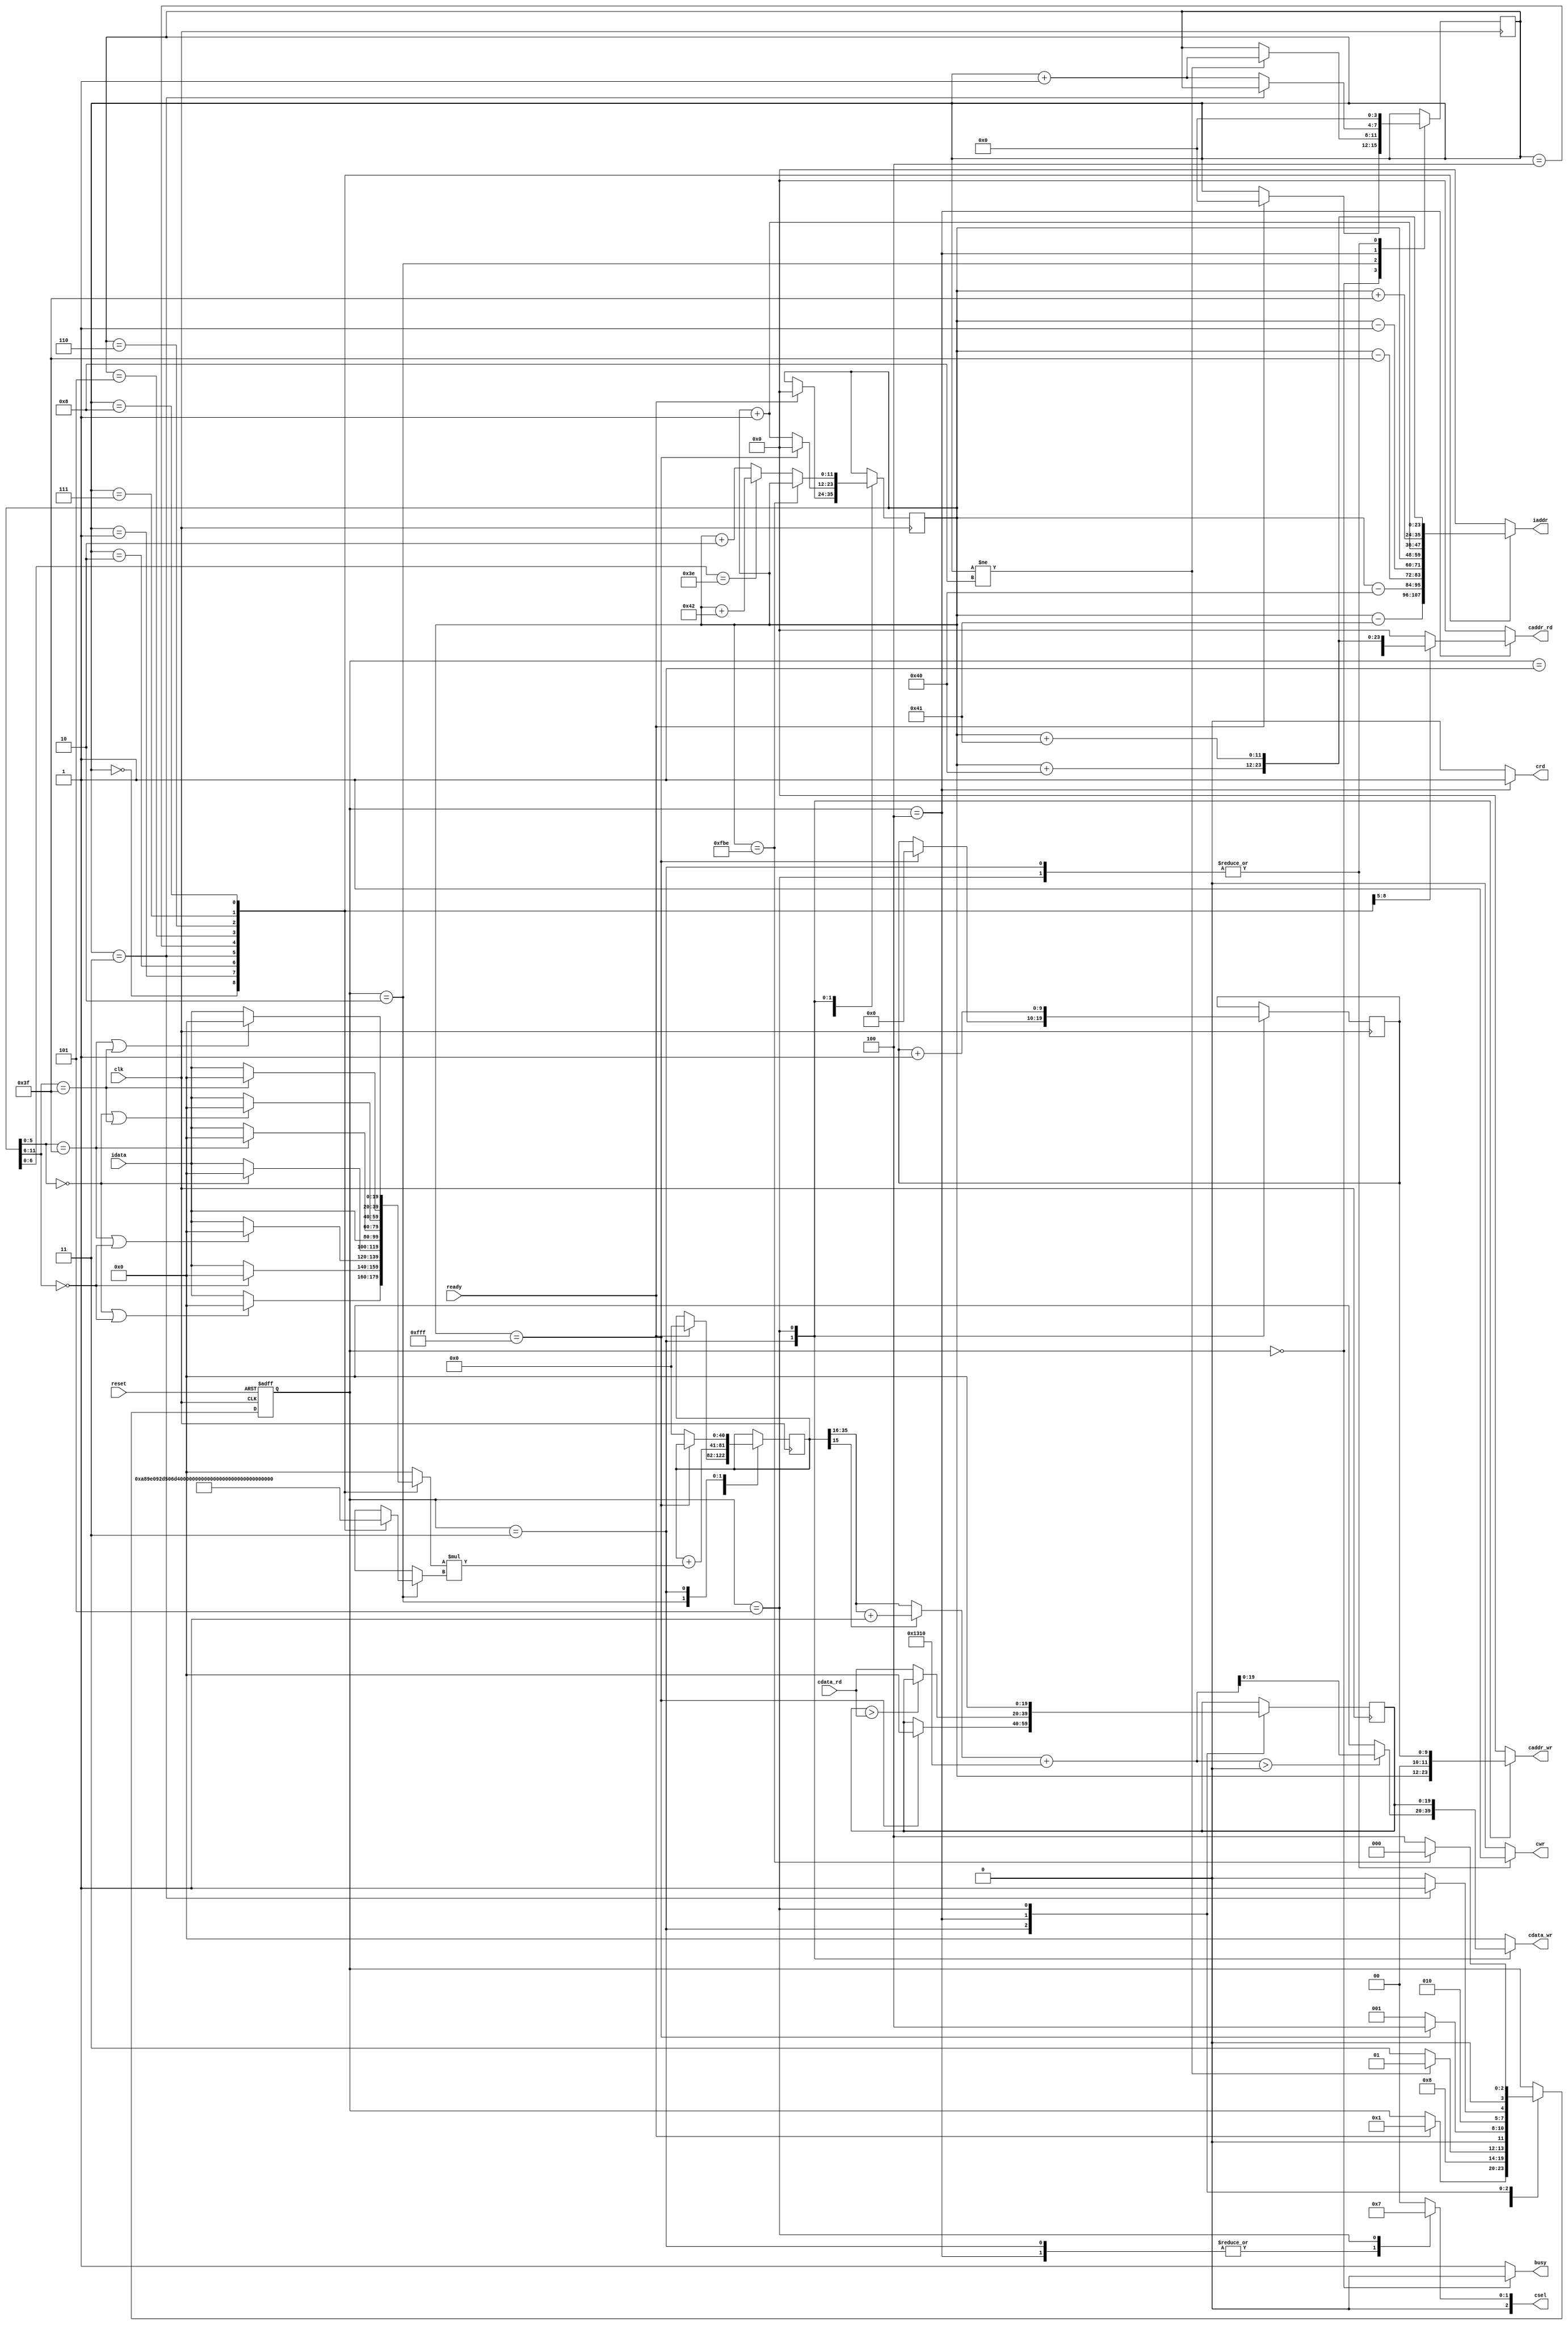

`timescale 1ns/10ps

module  CONV(
	input		clk,
	input		reset,
	output		busy,	
	input		ready,	
			
	output reg [11:0] iaddr,
	input [19:0] idata,
	
	output	 reg 	cwr,
	output reg [11:0] caddr_wr,
	output reg [19:0] cdata_wr,
	
	output	 reg 	crd,
	output reg [11:0] caddr_rd,
	input [19:0] cdata_rd,
	
	output reg [2:0] csel
	);

reg [11:0] cnt, cnt_nxt;
reg [3:0] conv_cnt, conv_cnt_nxt;
reg [9:0] max_out_cnt, max_out_cnt_nxt;

reg [3:0] cs, ns;
parameter IDLE = 0;
parameter IN = 1;
parameter MAC = 2;
parameter WRITE = 3;
parameter MAX_IN = 4;
parameter MAX_WRITE = 5;

wire signed [19:0] bias;
assign bias = 'h01310;

assign busy = (cs == IDLE)? 0:1;


reg signed [40:0] conv_sum, conv_sum_nxt;
reg signed [19:0] mac_in;
reg signed [19:0] max_buf, max_buf_nxt;
wire [5:0] center_x, center_y;
assign center_x = cnt[5:0];
assign center_y = cnt[11:6];

wire signed [19:0] kernel[8:0];

assign kernel[0] = 'h0A89E;
assign kernel[1] = 'h092D5;
assign kernel[2] = 'h06D43;
assign kernel[3] = 'h01004;
assign kernel[4] = 'hF8F71;
assign kernel[5] = 'hF6E54;
assign kernel[6] = 'hFA6D7;
assign kernel[7] = 'hFC834;
assign kernel[8] = 'hFAC19;

always@(*) begin
  iaddr = 0;
  mac_in = 0;
  case(conv_cnt) 
    0: begin
      iaddr = cnt-65;
      if (center_x==0 | center_y==0)
        mac_in = 0;
      else
        mac_in = idata;
    end
    1: begin
      iaddr = cnt-64;
      if (center_y==0)
        mac_in = 0;
      else
        mac_in = idata;
    end
    2: begin
      iaddr = cnt-63;
      if (center_x==63 | center_y==0)
        mac_in = 0;
      else
        mac_in = idata;
    end
    3: begin
      iaddr = cnt-1;
      if (center_x==0)
        mac_in = 0;
      else
        mac_in = idata;
    end
    4: begin
      iaddr = cnt;
      mac_in = idata;
    end
    5: begin
      iaddr = cnt+1;
      if (center_x==63)
        mac_in = 0;
      else
        mac_in = idata;
    end
    6: begin
      iaddr = cnt+63;
      if (center_x==0 | center_y==63)
        mac_in = 0;
      else
        mac_in = idata;
    end
    7: begin
      iaddr = cnt+64;
      if (center_y==63)
        mac_in = 0;
      else
        mac_in = idata;
    end
    8: begin
      iaddr = cnt+65;
      if (center_x==63 | center_y==63)
        mac_in = 0;
      else
        mac_in = idata;
    end
  endcase
end

wire signed [19:0] crop_sum;
assign crop_sum = (~conv_sum[15])? conv_sum[35:16] : conv_sum[35:16]+1;

always@(*) begin
  csel = 0;
  cwr = 0;
  cdata_wr = 0;
  caddr_wr = 0;
  crd = 0;
  caddr_rd = 0;
  case (cs) 
    WRITE: begin
      csel = 3'b001;
      cwr = 1;
      cdata_wr = (crop_sum+bias > 0)? crop_sum+bias : 0;
      caddr_wr = cnt;
    end
    MAX_IN: begin
      csel = 3'b001;
      crd = 1;
      case(conv_cnt)
        0: begin
          caddr_rd = cnt;
        end
        1: begin
          caddr_rd = cnt+1;
        end
        2: begin
          caddr_rd = cnt+64;
        end
        3: begin
          caddr_rd = cnt+65;
        end
      endcase
    end
    MAX_WRITE: begin
      csel = 3'b011;
      cwr = 1;
      cdata_wr = max_buf;
      caddr_wr = max_out_cnt;
    end
  endcase
end


// FSM
always@(*) begin
  ns = cs;
  cnt_nxt = cnt;
  conv_cnt_nxt = conv_cnt;
  conv_sum_nxt = conv_sum;
  max_out_cnt_nxt = max_out_cnt;
  max_buf_nxt = max_buf;
  case(cs)
    IDLE: begin
      if (ready) begin
        ns = IN;
        cnt_nxt = 0;
        conv_cnt_nxt = 0;
        conv_sum_nxt = 0;
      end
    end
    IN: begin
      ns = MAC;
    end
    MAC: begin
      conv_sum_nxt = conv_sum + mac_in * kernel[conv_cnt];
      if (conv_cnt != 8) begin
        conv_cnt_nxt = conv_cnt + 1;
        ns = IN;
      end else begin
        ns = WRITE;
      end
    end
    WRITE: begin
      if (cnt == 4095) begin
        ns = MAX_IN;
        cnt_nxt = 0;
        conv_cnt_nxt = 0;
        max_buf_nxt = 0;
        max_out_cnt_nxt = 0;
      end else begin
        cnt_nxt = cnt+1;
        conv_cnt_nxt = 0;
        ns = IN;
        conv_sum_nxt = 0;
      end
    end
    MAX_IN: begin
      max_buf_nxt = (max_buf > cdata_rd)? max_buf : cdata_rd;
      if (conv_cnt == 3) begin
        ns = MAX_WRITE;
      end else begin
        conv_cnt_nxt = conv_cnt + 1;
        ns = MAX_IN;
      end
    end
    MAX_WRITE: begin
      max_buf_nxt = 0;
      max_out_cnt_nxt = max_out_cnt + 1;
      conv_cnt_nxt = 0;
      if (cnt == 4030) begin
        ns = IDLE;
      end else begin
        if (cnt[6:0] == 62)
          cnt_nxt = cnt_nxt + 66;
        else
          cnt_nxt = cnt_nxt + 2;
        ns = MAX_IN;
      end
    end
  endcase
end

always@(posedge clk, posedge reset) begin
  if (reset) begin
    cs <= 0;
  end else begin
    cs <= ns;
  end
end

always@(posedge clk) begin
  cnt <= cnt_nxt;
  conv_cnt <= conv_cnt_nxt;
  conv_sum <= conv_sum_nxt;
  max_out_cnt <= max_out_cnt_nxt;
  max_buf <= max_buf_nxt;
end

endmodule